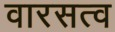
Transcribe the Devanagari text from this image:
वारसत्व